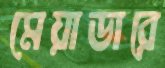
মেয়াডারে